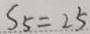
S _ { 5 } = 2 5